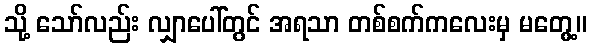
သို့ သော်လည်း လျှာပေါ်တွင် အရသာ တစ်စက်ကလေးမှ မတွေ့။